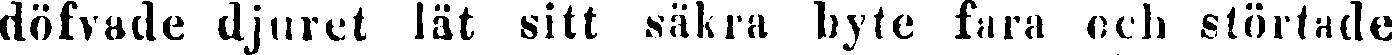
döfvade djuret lät sitt säkra byte fara och störtade